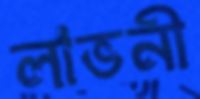
লাভনী